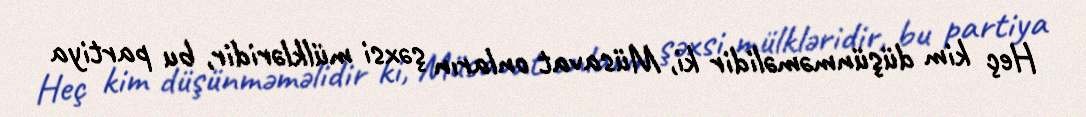
Heç kim düşünməməlidir ki, Müsavat onların şəxsi mülkləridir, bu partiya